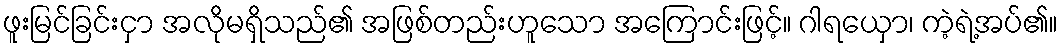
ဖူးမြင်ခြင်းငှာ အလိုမရှိသည်၏ အဖြစ်တည်းဟူသော အကြောင်းဖြင့်။ ဂါရယှော၊ ကဲ့ရဲ့အပ်၏။